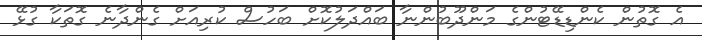
އެ ގޮތުން ކެންޑިޑޭޓުންގެ މަންދޫބުންނާ ބައްދަލުކޮށް ބަހުސް ކުރިއަށް ގެންދާނެ ގޮތަކާ ގުޅޭ